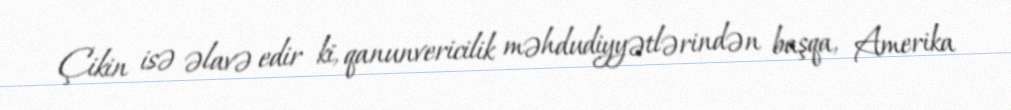
Çikin isə əlavə edir ki, qanunvericilik məhdudiyyətlərindən başqa, Amerika